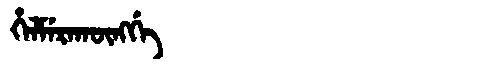
Manchu: ᡥᡝᠯᠮᡝᡵᠠᡴᡡᠩᡤᡝ
Romanization: HELMERAKŪNGGE